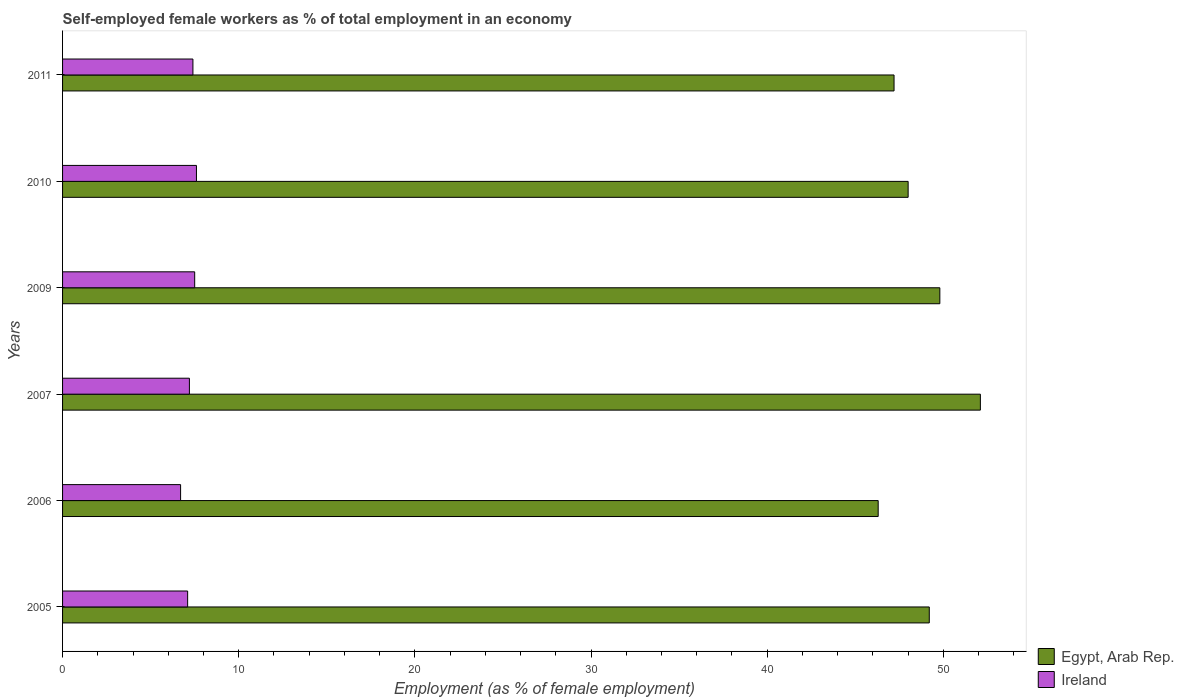
| Years | Egypt, Arab Rep. | Ireland |
 | --- | --- | --- |
 | 2005 | 49.2 | 7.1 |
 | 2006 | 46.3 | 6.7 |
 | 2007 | 52.1 | 7.2 |
 | 2009 | 49.8 | 7.5 |
 | 2010 | 48 | 7.6 |
 | 2011 | 47.2 | 7.4 |